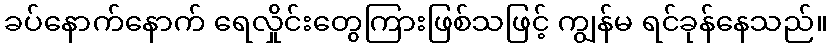
ခပ်နောက်နောက် ရေလှိုင်းတွေကြားဖြစ်သဖြင့် ကျွန်မ ရင်ခုန်နေသည်။